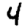
Digit: 4